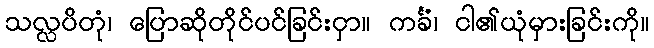
သလ္လပိတုံ၊ ပြောဆိုတိုင်ပင်ခြင်းငှာ။ ကင်္ခံ၊ ငါ၏ယုံမှားခြင်းကို။